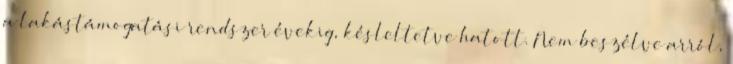
a lakástámogatási rendszer évekig, késleltetve hatott. Nem beszélve arról,